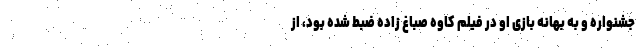
جشنواره و به بهانه بازی او در فیلم کاوه صباغ زاده ضبط شده بود، از